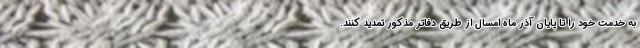
به خدمت خود را تا پایان آذر ماه امسال از طریق دفاتر مذکور تمدید کنند.